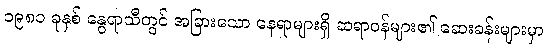
၁၉၈၁ ခုနှစ် နွေရာသီတွင် အခြားသော နေရာများရှိ ဆရာဝန်များ၏ ဆေးခန်းများမှာ